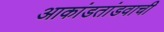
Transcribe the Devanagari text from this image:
आकांडतांडवाची